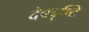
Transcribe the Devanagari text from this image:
देवदृष्टि